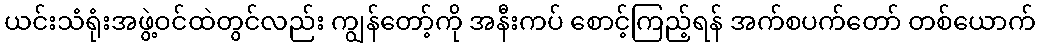
ယင်းသံရုံးအဖွဲ့ဝင်ထဲတွင်လည်း ကျွန်တော့်ကို အနီးကပ် စောင့်ကြည့်ရန် အက်စပက်တော် တစ်ယောက်